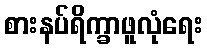
စားနပ်ရိက္ခာဖူလုံရေး